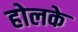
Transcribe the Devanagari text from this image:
होलके